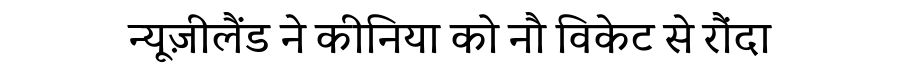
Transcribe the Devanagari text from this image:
न्यूज़ीलैंड ने कीनिया को नौ विकेट से रौंदा